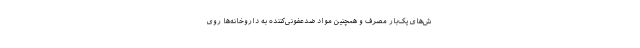
ش‌‌‌های یک‌بار مصرف و همچنین مواد ضدعفونی‌کننده به داروخانه‌ها روی